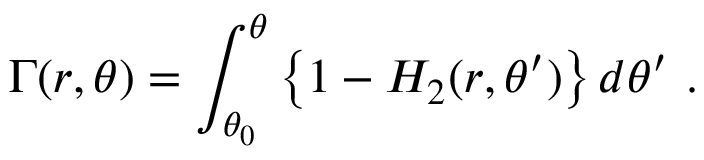
\Gamma ( r , \theta ) = \int _ { \theta _ { 0 } } ^ { \theta } \left\{ 1 - H _ { 2 } ( r , \theta ^ { \prime } ) \right\} d \theta ^ { \prime } \ .